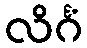
လိင်္ဂံ